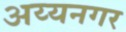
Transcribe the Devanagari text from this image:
अय्यनगर